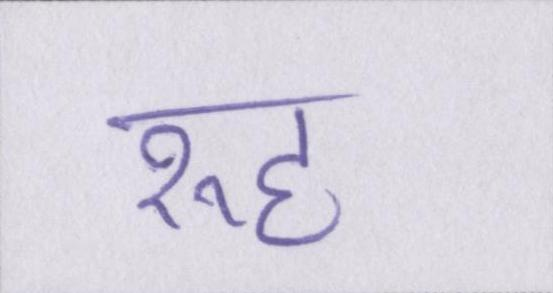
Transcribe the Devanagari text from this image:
रूह